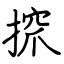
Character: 𢱑